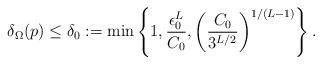
LaTeX: \begin{align*}\delta_{\Omega}(p) \leq \delta_0:=\min\left\{1, \frac{\epsilon_0^L}{C_0}, \left(\frac{C_0}{3^{L/2}}\right)^{1/(L-1)}\right\}.\end{align*}